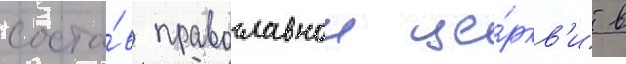
соста́в православнои це́ркв'и в